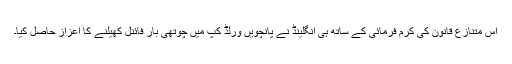
اس متنازع قانون کی کرم فرمائی کے ساتھ ہی انگلینڈ نے پانچویں ورلڈ کپ میں چوتھی بار فائنل کھیلنے کا اعزاز حاصل کیا۔